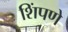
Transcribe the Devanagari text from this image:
शिंपणे